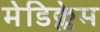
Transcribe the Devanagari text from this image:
मेडिक्लेम